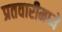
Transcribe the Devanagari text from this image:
प्रतवारीमध्ये